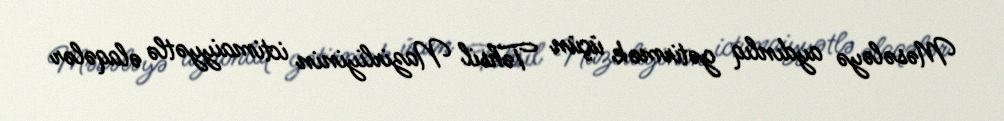
Məsələyə aydınlıq gətirmək üçün Təhsil Nazirliyinin ictimaiyyətlə əlaqələr